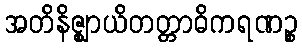
အတိနိဇ္ဈာယိတတ္တာဓိကရဏဉ္စ